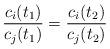
LaTeX: \begin{align*}\frac{c_i(t_1)}{c_j(t_1)} = \frac{c_i(t_2)}{c_j(t_2)}\end{align*}